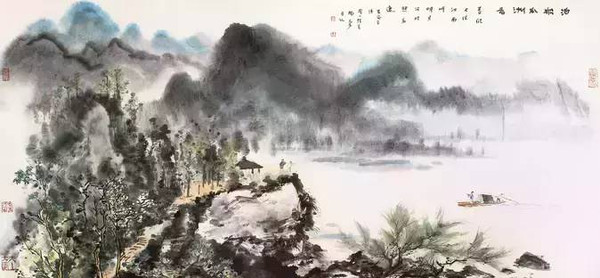
春风又绿江南岸，明月何时照我还？